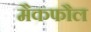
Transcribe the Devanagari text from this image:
मैकफौल